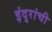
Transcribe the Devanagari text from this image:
इंदुरांची